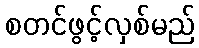
စတင်ဖွင့်လှစ်မည်